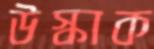
উস্‌কাক